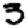
Digit: 3